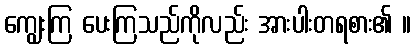
ကျွေးကြ ပေးကြသည်ကိုလည်း အားပါးတရစား၏ ။